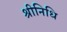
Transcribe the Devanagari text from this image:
श्रीनिधि